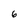
Character: 6